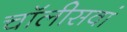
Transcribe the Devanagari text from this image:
चॉलीसवां